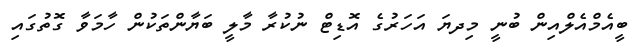
ބީއެމްއެލްއިން ބުނީ މިދޔަ އަހަރުގެ އޮޑިޓް ނުކުރާ މާލީ ބަޔާންތަކުން ހާމަވާ ގޮތުގައި